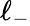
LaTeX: \ell_{-}